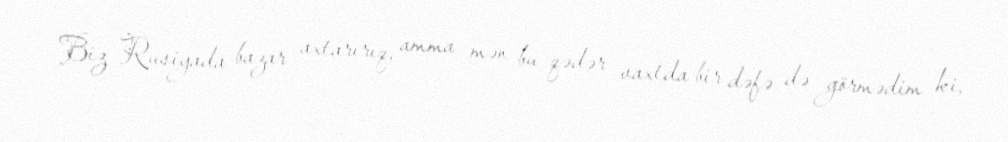
Biz Rusiyada bazar axtarırıq, amma mən bu qədər vaxtda bir dəfə də görmədim ki,